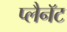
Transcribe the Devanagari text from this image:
प्लैनॅट